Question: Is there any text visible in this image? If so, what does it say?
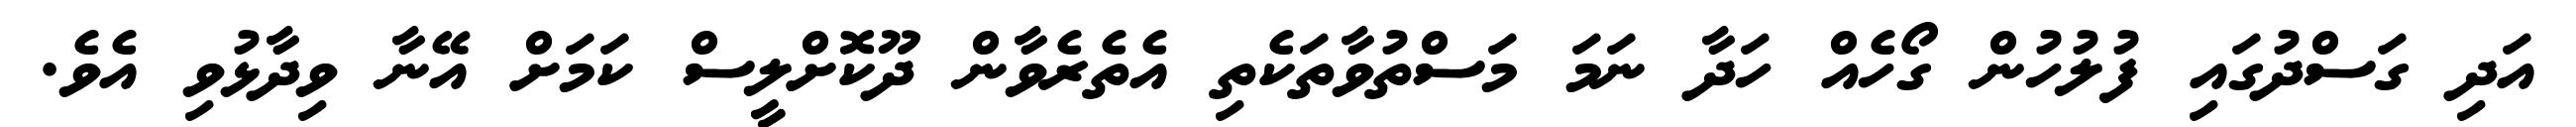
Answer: އަދި ގަސްދުގައި ފުލުހުން ގޯހެއް ހަދާ ނަމަ މަސްތުވާތަކެތި އެތެރެވާން ދޫކޮށްލީސް ކަމަށް އޭނާ ވިދާޅުވި އެވެ.